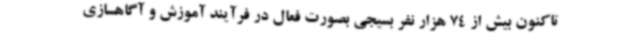
تاکنون بیش از 74 هزار نفر بسیجی بصورت فعال در فرآیند آموزش و آگاهسازی